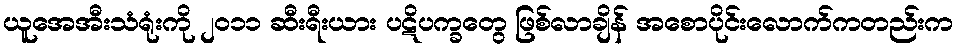
ယူအေအီးသံရုံးကို ၂၀၁၁ ဆီးရီးယား ပဋိပက္ခတွေ ဖြစ်လာချိန် အစောပိုင်းလောက်ကတည်းက